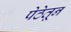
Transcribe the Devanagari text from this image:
पेठेतून